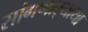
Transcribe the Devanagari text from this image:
सांगणार्‍याया